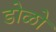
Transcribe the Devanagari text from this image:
डोळो